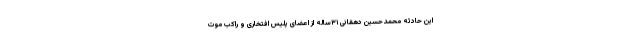
این حادثه محمدحسین دهقانی ۳۱ساله از اعضای پلیس افتخاری و راکب موت